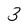
Character: 3